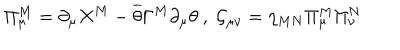
\Pi _ { \mu } ^ { M } = \partial _ { \mu } X ^ { M } - \overline { { { \theta } } } \Gamma ^ { M } \partial _ { \mu } \theta \ , \ \mathcal { G } _ { \mu \nu } = \eta _ { M N } \Pi _ { \mu } ^ { M } \Pi _ { \nu } ^ { N }